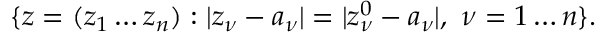
\{ z = ( z _ { 1 } \dots z _ { n } ) : | z _ { \nu } - a _ { \nu } | = | z _ { \nu } ^ { 0 } - a _ { \nu } | , \ \nu = 1 \dots n \} .